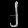
Digit: ၂